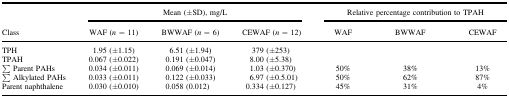
<table><thead><tr><td rowspan="2"><b>Class</b></td><td colspan="3"><b>Mean (±SD), mg/L</b></td><td colspan="3"><b>Relative percentage contribution to TPAH</b></td></tr><tr><td><b>WAF (<i>n</i> = 11)</b></td><td><b>BWWAF (<i>n</i> = 6)</b></td><td><b>CEWAF (<i>n</i> = 12)</b></td><td><b>WAF</b></td><td><b>BWWAF</b></td><td><b>CEWAF</b></td></tr></thead><tbody><tr><td>TPH</td><td>1.95 (±1.15)</td><td>6.51 (±1.94)</td><td>379 (±253)</td><td></td><td></td><td></td></tr><tr><td>TPAH</td><td>0.067 (±0.022)</td><td>0.191 (±0.047)</td><td>8.00 (±5.38)</td><td></td><td></td><td></td></tr><tr><td>∑ Parent PAHs</td><td>0.034 (±0.011)</td><td>0.069 (±0.014)</td><td>1.03 (±0.370)</td><td>50%</td><td>38%</td><td>13%</td></tr><tr><td>∑ Alkylated PAHs</td><td>0.033 (±0.011)</td><td>0.122 (±0.033)</td><td>6.97 (±0.5.01)</td><td>50%</td><td>62%</td><td>87%</td></tr><tr><td>Parent naphthalene</td><td>0.030 (±0.010)</td><td>0.058 (0.012)</td><td>0.334 (±0.127)</td><td>45%</td><td>31%</td><td>4%</td></tr></tbody></table>